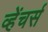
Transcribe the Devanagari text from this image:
व्हेंचर्स